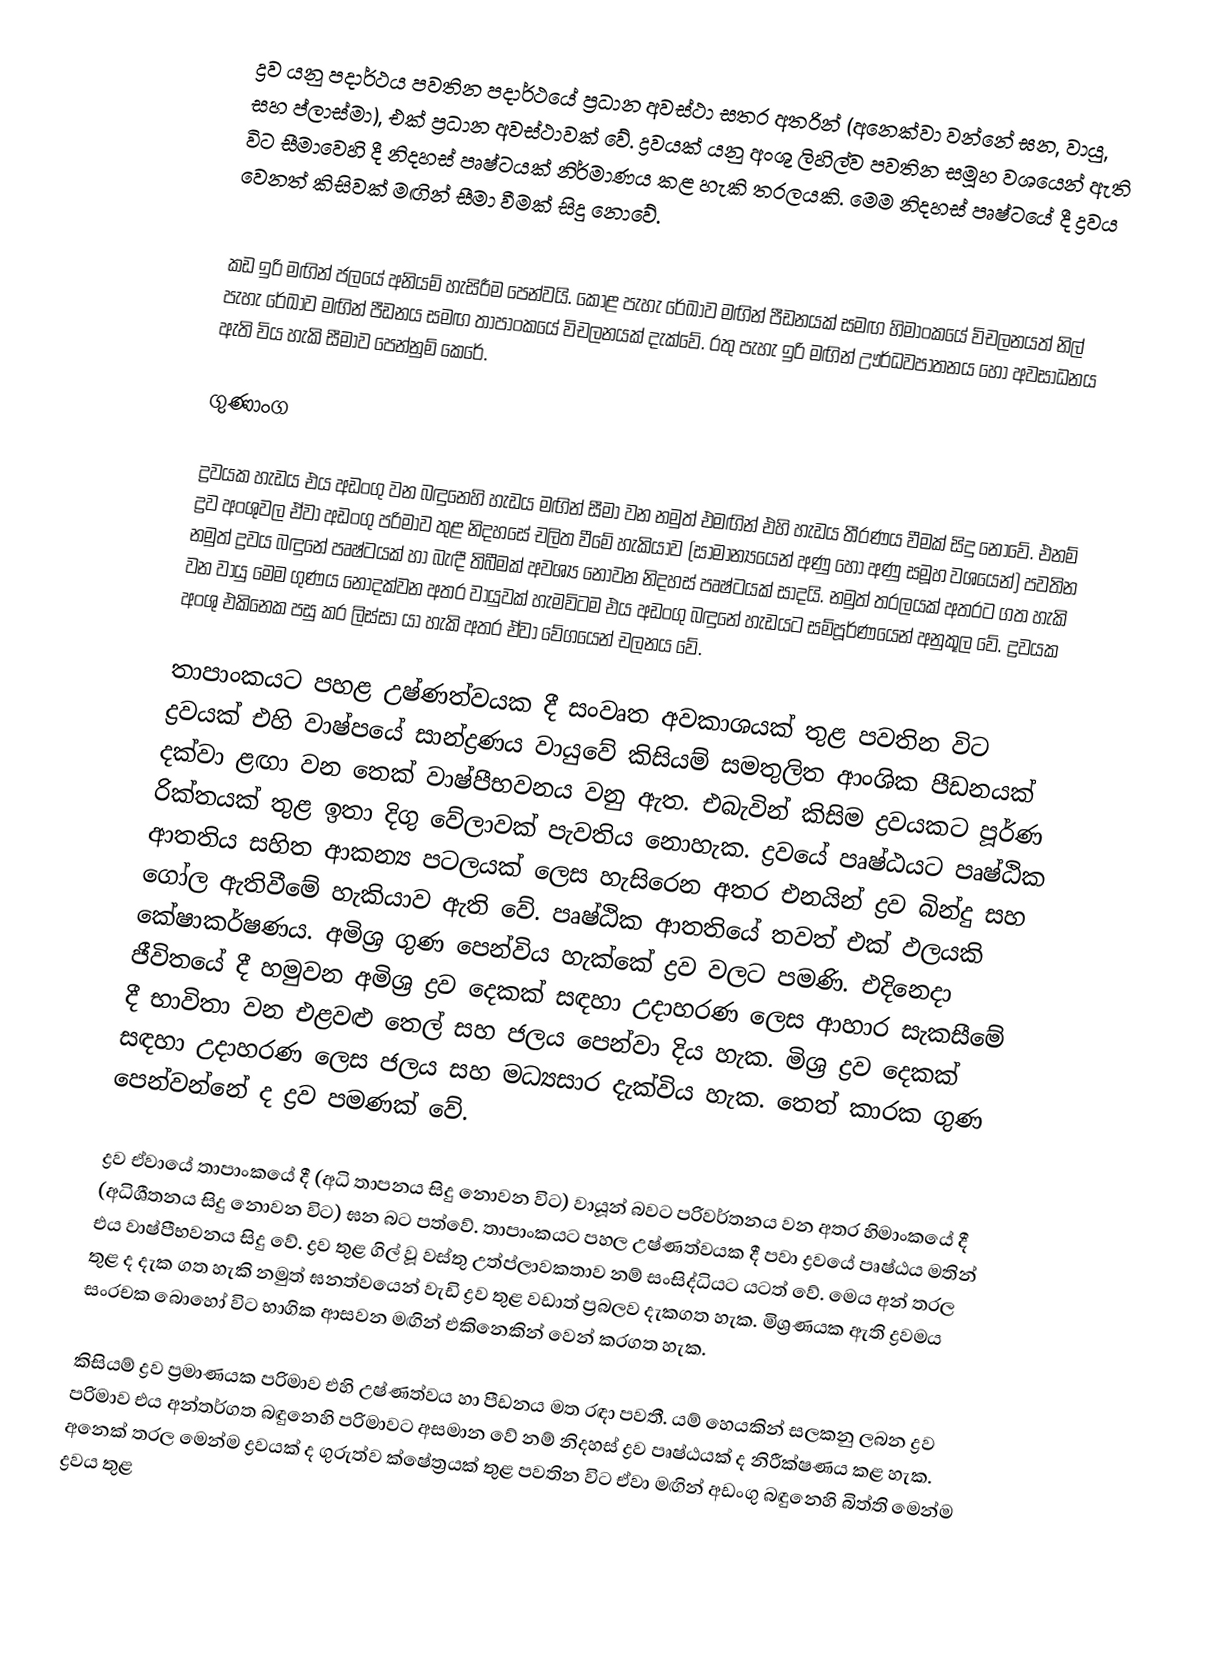
ද්‍රව යනු පදාර්ථය පවතින පදාර්ථයේ ප්‍රධාන අවස්ථා සතර අතරින් (අනෙක්වා වන්නේ ඝන, වායු, සහ ප්ලාස්මා), එක් ප්‍රධාන අවස්ථාවක් වේ. ද්‍රවයක් යනු අංශු ලිහිල්ව පවතින සමූහ වශයෙන් ඇති විට සීමාවෙහි දී නිදහස් පෘෂ්ටයක් නිර්මාණය කළ හැකි තරලයකි. මෙම නිදහස් පෘෂ්ටයේ දී ද්‍රවය වෙනත් කිසිවක් මඟින් සීමා වීමක් සිදු නොවේ.

කඩ ඉරි මඟින් ජලයේ අනියම් හැසිරීම පෙන්වයි. කොළ පැහැ රේඛාව මඟින් පීඩනයක් සමඟ හිමාංකයේ විචලනයත් නිල් පැහැ රේඛාව මඟින් පීඩනය සමඟ තාපාංකයේ විචලනයක් දැක්වේ. රතු පැහැ ඉරි මඟින් ඌර්ධවපාතනය හෝ අවසාධනය ඇති විය හැකි සීමාව පෙන්නුම් කෙරේ.

ගුණාංග

ද්‍රවයක හැඩය එය අඩංගු වන බඳුනෙහි හැඩය මඟින් සීමා වන නමුත් එමඟින් එහි හැඩය තීරණය වීමක් සිදු නොවේ. එනම් ද්‍රව අංශුවල ඒවා අඩංගු පරිමාව තුළ නිදහසේ චලිත වීමේ හැකියාව (සාමාන්‍යයෙන් අණු හෝ අණු සමූහ වශයෙන්) පවතින නමුත් ද්‍රවය බඳුනේ පෘෂ්ටයක් හා බැඳී තිබීමක් අවශ්‍ය නොවන නිදහස් පෘෂ්ටයක් සාදයි. නමුත් තරලයක් අතරට ගත හැකි වන වායු මෙම ගුණය නොදක්වන අතර වායුවක් හැමවිටම එය අඩංගු බඳුනේ හැඩයට සම්පූර්ණයෙන් අනුකූල වේ. ද්‍රවයක අංශු එකිනෙක පසු කර ලිස්සා යා හැකි අතර ඒවා වේගයෙන් චලනය වේ.

තාපාංකයට පහළ උෂ්ණත්වයක දී සංවෘත අවකාශයක් තුළ පවතින විට ද්‍රවයක් එහි වාෂ්පයේ සාන්ද්‍රණය වායුවේ කිසියම් සමතුලිත ආංශික පීඩනයක් දක්වා ළඟා වන තෙක් වාෂ්පීභවනය වනු ඇත. එබැවින් කිසිම ද්‍රවයකට පූර්ණ රික්තයක් තුළ ඉතා දිගු වේලාවක් පැවතිය නොහැක. ද්‍රවයේ පෘෂ්ඨයට පෘෂ්ඨික ආතතිය සහිත ආකන්‍ය පටලයක් ලෙස හැසිරෙන අතර එනයින් ද්‍රව බින්දු සහ ගෝල ඇතිවීමේ හැකියාව ඇති වේ. පෘෂ්ඨික ආතතියේ තවත් එක් ඵලයකි කේෂාකර්ෂණය. අමිශ්‍ර ගුණ පෙන්විය හැක්කේ ද්‍රව වලට පමණි. එදිනෙදා ජීවිතයේ දී හමුවන අමිශ්‍ර ද්‍රව දෙකක් සඳහා උදාහරණ ලෙස ආහාර සැකසීමේ දී භාවිතා වන එළවළු තෙල් සහ ජලය පෙන්වා දිය හැක. මිශ්‍ර ද්‍රව දෙකක් සඳහා උදාහරණ ලෙස ජලය සහ මධ්‍යසාර දැක්විය හැක. තෙත් කාරක ගුණ පෙන්වන්නේ ද ද්‍රව පමණක් වේ.

ද්‍රව ඒවායේ තාපාංකයේ දී (අධි තාපනය සිදු නොවන විට) වායූන් බවට පරිවර්තනය වන අතර හිමාංකයේ දී (අධිශීතනය සිදු නොවන විට) ඝන බට පත්වේ. තාපාංකයට පහල උෂ්ණත්වයක දී පවා ද්‍රවයේ පෘෂ්ඨය මතින් එය වාෂ්පීභවනය සිදු වේ. ද්‍රව තුළ ගිල් වූ වස්තු උත්ප්ලාවකතාව නම් සංසිද්ධියට යටත් වේ. මෙය අන් තරල තුළ ද දැක ගත හැකි නමුත් ඝනත්වයෙන් වැඩි ද්‍රව තුළ වඩාත් ප්‍රබලව දැකගත හැක. මිශ්‍රණයක ඇති ද්‍රවමය සංරචක බොහෝ විට භාගික ආසවන මඟින් එකිනෙකින් වෙන් කරගත හැක.

කිසියම් ද්‍රව ප්‍රමාණයක පරිමාව එහි උෂ්ණත්වය හා පීඩනය මත රඳා පවතී. යම් හෙයකින් සලකනු ලබන ද්‍රව පරිමාව එය අන්තර්ගත බඳුනෙහි පරිමාවට අසමාන වේ නම් නිදහස් ද්‍රව පෘෂ්ඨයක් ද නිරීක්ෂණය කළ හැක. අනෙක් තරල මෙන්ම ද්‍රවයක් ද ගුරුත්ව ක්ෂේත්‍රයක් තුළ පවතින විට ඒවා මඟින් අඩංගු බඳුනෙහි බිත්ති මෙන්ම ද්‍රවය තුළ